Civil Veterinary Dept. Bombay admin report 1893-99 - 1893-1899
Year: 1893
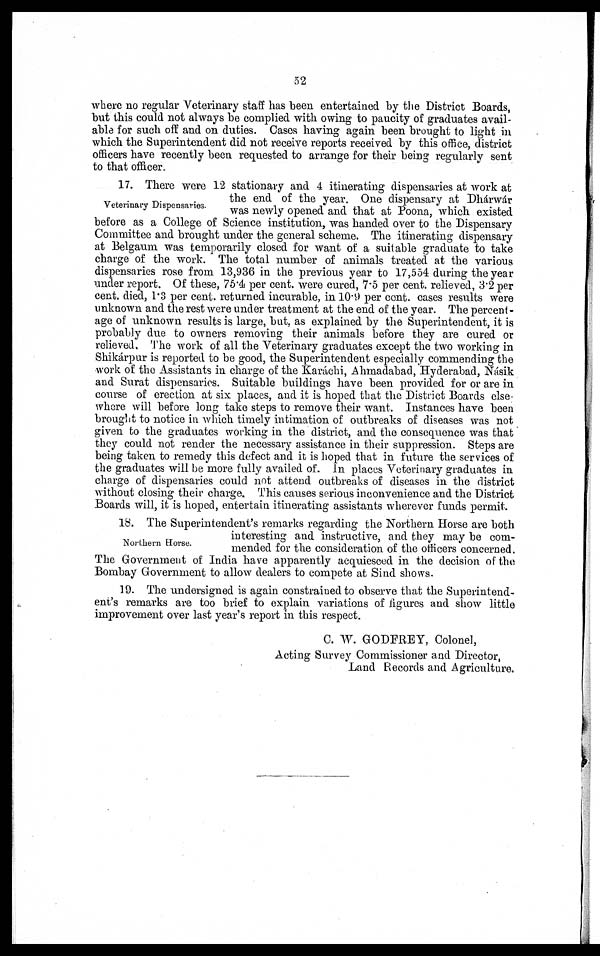
52
where no regular Veterinary staff has been entertained by the District Boards,
but this could not always be complied with owing to paucity of graduates avail-
able for such off and on duties. Cases having again been brought to light in
which the Superintendent did not receive reports received by this office, district
officers have recently been requested to arrange for their being regularly sent
to that officer.
Veterinary Dispensaries.
17. There were 12 stationary and 4 itinerating dispensaries at work at
the end of the year. One dispensary at Dhárwár
was newly opened and that at Poona, which existed
before as a College of Science institution, was handed over to the Dispensary
Committee and brought under the general scheme. The itinerating dispensary
at Belgaum was temporarily closed for want of a suitable graduate to take
charge of the work. The total number of animals treated at the various
dispensaries rose from 13,936 in the previous year to 17,554 during the year
under report. Of these, 75.4 per cent. were cured, 7.5 per cent. relieved, 3.2 per
cent. died, 1.3 per cent. returned incurable, in 10.9 per cent. cases results were
unknown and the rest were under treatment at the end of the year. The percent-
age of unknown results is large, but, as explained by the Superintendent, it is
probably due to owners removing their animals before they are cured or
relieved. The work of all the Veterinary graduates except the two working in
Shikárpur is reported to be good, the Superintendent especially commending the
work of the Assistants in charge of the Karáchi, Ahmadabad, Hyderabad, Násik
and Surat dispensaries. Suitable buildings have been provided for or are in
course of erection at six places, and it is hoped that the District Boards else-
where will before long take steps to remove their want. Instances have been
brought to notice in which timely intimation of outbreaks of diseases was not
given to the graduates working in the district, and the consequence was that
they could not render the necessary assistance in their suppression. Steps are
being taken to remedy this defect and it is hoped that in future the services of
the graduates will be more fully availed of. In places Veterinary graduates in
charge of dispensaries could not attend outbreaks of diseases in the district
without closing their charge. This causes serious inconvenience and the District
Boards will, it is hoped, entertain itinerating assistants wherever funds permit.
Northern Horse.
18. The Superintendent's remarks regarding the Northern Horse are both
interesting and instructive, and they may be com-
mended for the consideration of the officers concerned.
The Government of India have apparently acquiesced in the decision of the
Bombay Government to allow dealers to compete at Sind shows.
19. The undersigned is again constrained to observe that the Superintend-
ent's remarks are too brief to explain variations of figures and show little
improvement over last year's report in this respect.
C. W. GODFREY, Colonel,
Acting Survey Commissioner and Director,
Land Records and Agriculture.